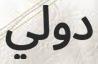
دولي